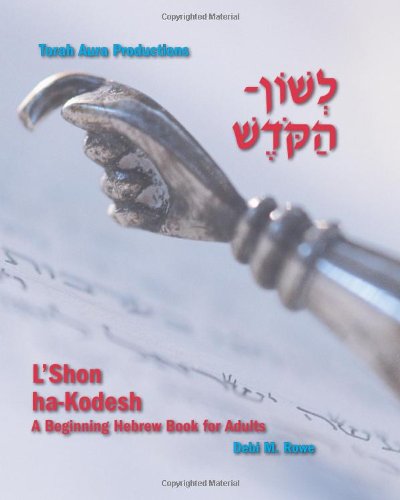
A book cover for L'Shon Ha-Kodesh: Beginning Hebrew Book For Adults (Hebrew Edition); Debi M. Rowe; Education & Teaching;